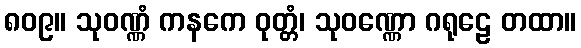
၈၀၉။ သုဝဏ္ဏံ ကနကေ ဝုတ္တံ၊ သုဝဏ္ဏော ဂရုဠေ တထာ။